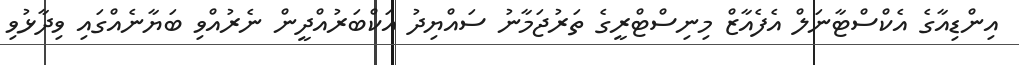
އިންޑިއާގެ އެކްސްޓާނަލް އެފެއާޒް މިނިސްޓްރީގެ ތަރުޖަމާނު ސައްޔިދު އަކްބަރުއްދީން ނެރުއްވި ބަޔާނެއްގައި ވިދާޅުވި